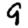
Digit: 9